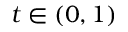
t \in ( 0 , 1 )